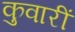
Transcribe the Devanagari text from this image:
कुवारीं